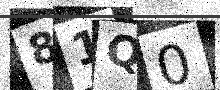
Text: 81Q0